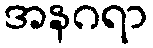
အနဂရာ